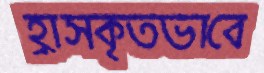
হ্রাসকৃতভাবে